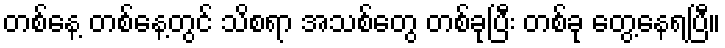
တစ်နေ့ တစ်နေ့တွင် သိစရာ အသစ်တွေ တစ်ခုပြီး တစ်ခု တွေ့နေရပြီ။